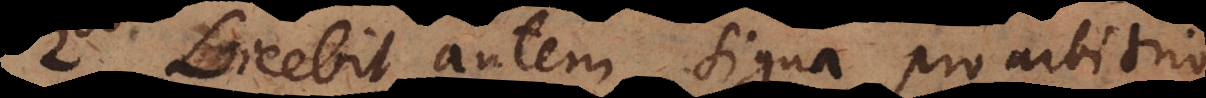
2. Licebit autem signa pro arbitrio